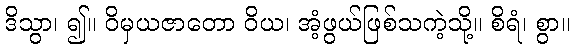
ဒိသွာ၊ ၍။ ဝိမှယဇာတော ဝိယ၊ အံ့ဖွယ်ဖြစ်သကဲ့သို့။ စိရံ၊ စွာ။